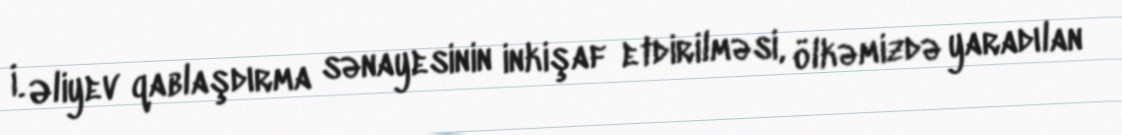
İ. Əliyev qablaşdırma sənayesinin inkişaf etdirilməsi, ölkəmizdə yaradılan